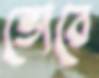
ভোরে